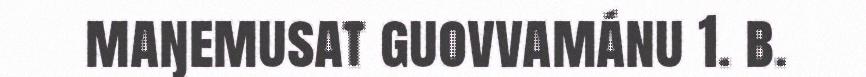
maŋemusat guovvamánu 1. b.